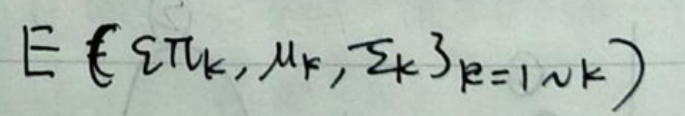
$E \{ 2 \pi k, \mu, \frac { 3 } { 2 } k \} _ { k = 1 } ^ { n k }$